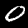
Label: 0